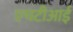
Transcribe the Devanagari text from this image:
एचटीआई